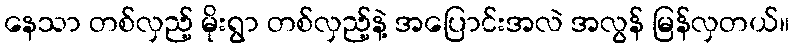
နေသာ တစ်လှည့် မိုးရွာ တစ်လှည့်နဲ့ အပြောင်းအလဲ အလွန် မြန်လှတယ်။